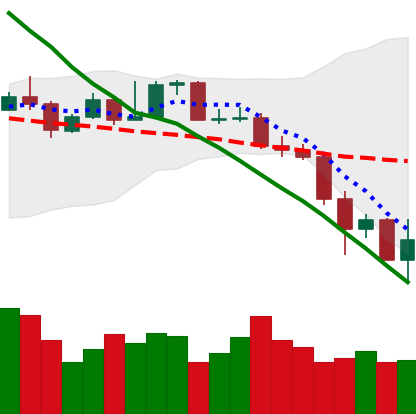
Ticker: XMR-USD
Chart end date: 2019-11-25
Forward return: 9.094%
Label: up_7plus